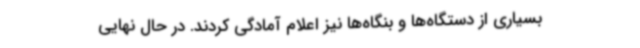
بسیاری از دستگاه‌ها و بنگاه‌ها نیز اعلام آمادگی کردند. در حال نهایی